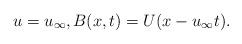
LaTeX: \begin{align*}u=u_{\infty},B(x,t)=U(x-u_{\infty}t).\end{align*}